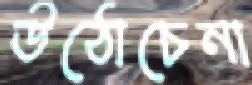
উঠোচেনা